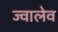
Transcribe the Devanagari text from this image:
ज्वालेव